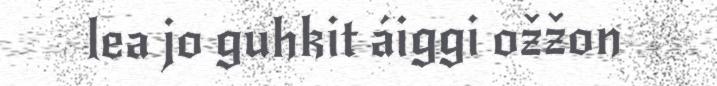
lea jo guhkit áiggi ožžon